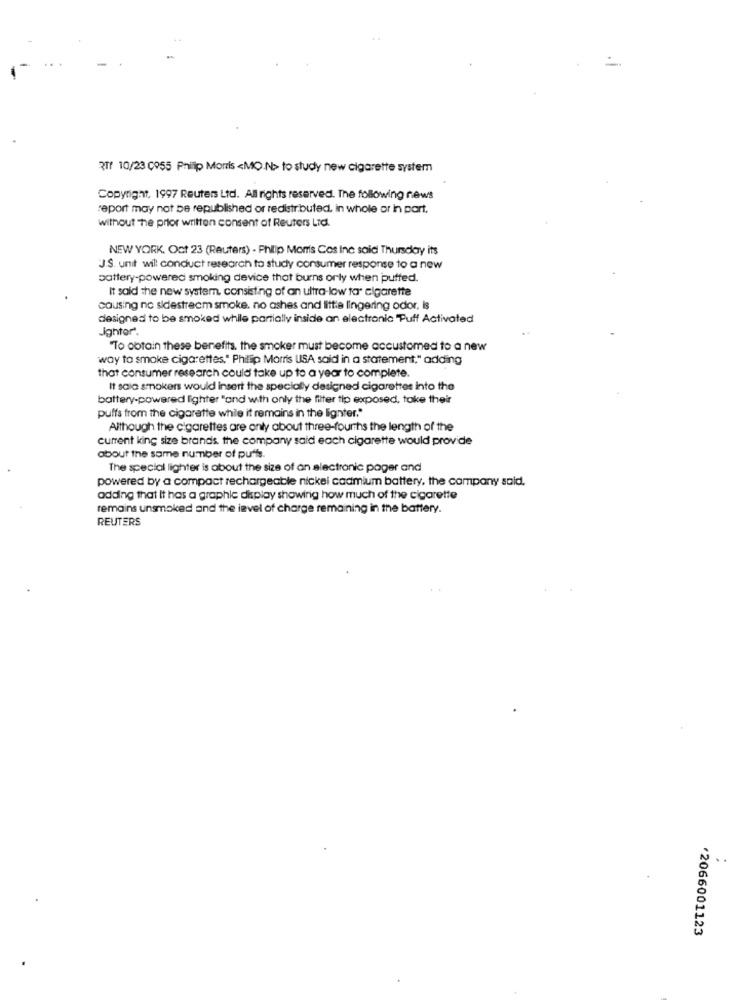
₹ff 10/23 0955 Philip Morris <MO N> to study new cigarette system
Copyright. 1997 Reuters Ltd. All rights reserved. The following news
report may not be republished or redistributed, in whole or in part,
without The prior written consent of Reuters Ltd.
NEW YORK. Oct 23 (Reuters) - Philip Morris Cos inc said Thursday its
J.S. unit will conduct research to study consumer response to a new
battery-powered smoking device that burns orly when puffed.
It said the new system, consisting of an ultra-low ta elgarette
causing no sidestrecm smoke. no ashes and litta lingering odor. is
designed to be smoked while partially inside an electronic "Puff Activated
Jghtor.
"To obtain these benefits. the smoker must become accustomed to a new
way to smoke cigarettes," Phillip Morris USA said in a statement," adding
that consumer research could take up to a year to complete.
It sala smokers would insert the specially designed cigarettes into the
battery-powered lighter "and with only the filter tip exposed, toke their
puffs from the cigarette while it remains in the lignter."
Although the cigarettes are only about three-fourths the length of the
current king size brands the company said each cigarette would provide
about the same number of puffs.
The special lighter is about the size of an electronic pager and
powered by a compact rechargeable nickel cadmium battery, the company said.
adding that It has a graphic display showing how much of the cigarette
remains unsmoked and the level of charge remaining in the battery.
REUTERS
¥2066001123